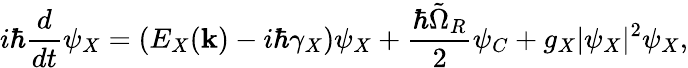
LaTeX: i\hbar\frac{d}{dt}\psi_{X}=(E_{X}({\mathbf k})-i\hbar\gamma_{X})\psi_{X}+\frac{\hbar\tilde{\Omega}_{R}}{2}\psi_{C}+g_{X}|\psi_{X}|^{2}\psi_{X},